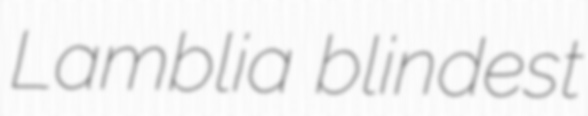
Lamblia blindest